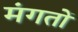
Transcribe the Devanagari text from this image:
मंगतों